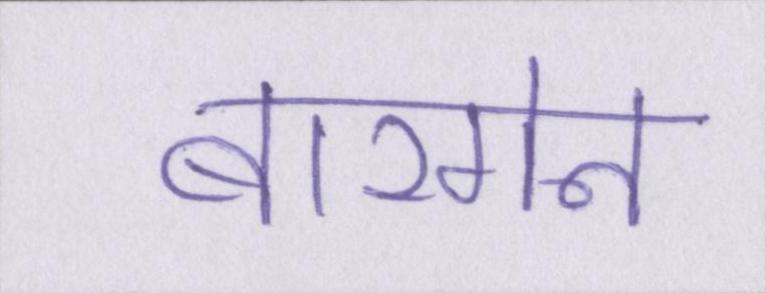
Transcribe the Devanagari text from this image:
बारगेन